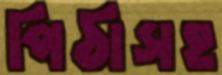
পিঠাসহ